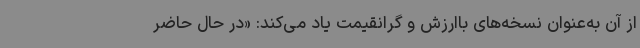
از آن به‌عنوان نسخه‌های باارزش و گرانقیمت یاد می‌کند: «در حال حاضر